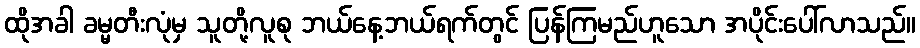
ထိုအခါ ခမ္မတီးလုံမှ သူတို့လူစု ဘယ်နေ့ဘယ်ရက်တွင် ပြန်ကြမည်ဟူသော အပိုင်းပေါ်လာသည်။